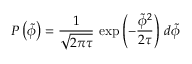
P \left( \tilde { \phi } \right) = \frac { 1 } { \sqrt { 2 \pi \tau } } \, \exp \left( - \frac { \tilde { \phi } ^ { 2 } } { 2 \tau } \right) \, d \tilde { \phi }